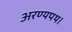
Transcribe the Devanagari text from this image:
अरण्यपथ।